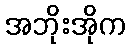
အဘိုးအိုက